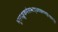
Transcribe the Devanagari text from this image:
भूतपञ्चकमेतस्माद्धयवरण्महेश्वरात्।